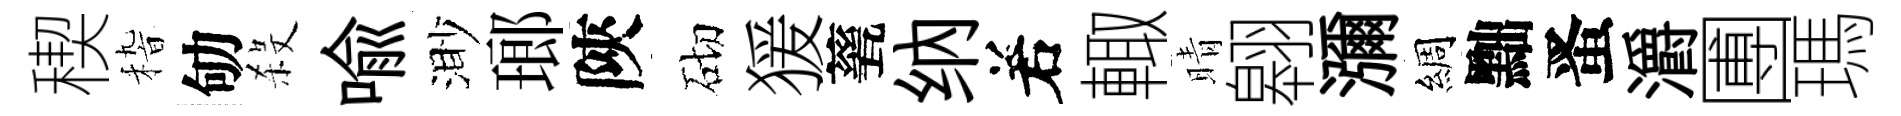
稧𥟵劬殺喻渺瑯陝砌猨甆纳𠰥輙晴翱瀰綢黜󱉠灂圑瑪